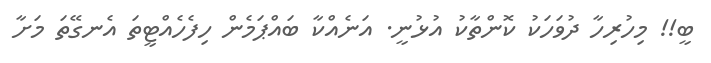
ބީ!! މިހުރިހާ ދުވަހަކު ކޮންތާކު އުޅުނީ. އަނެއްކާ ބައްޕަމެން ހިފެހެއްޓީތަ އެނގޭތަ މަށާ